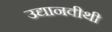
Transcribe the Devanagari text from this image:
उद्यानवीथी